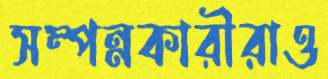
সম্পন্নকারীরাও